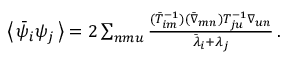
\begin{array} { r } { \big \langle \, \bar { \psi } _ { i } \psi _ { j } \, \big \rangle = 2 \sum _ { n m u } \frac { ( \bar { T } _ { i m } ^ { - 1 } ) ( \bar { \nabla } _ { m n } ) T _ { j u } ^ { - 1 } \nabla _ { u n } } { \bar { \lambda } _ { i } + \lambda _ { j } } \, . } \end{array}